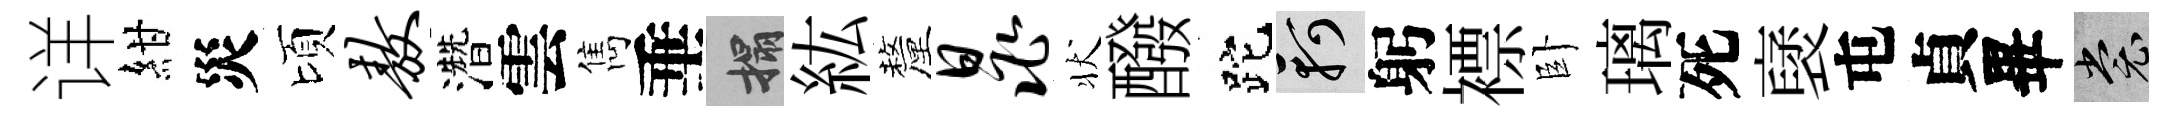
详紺災頃敖濳雲雋垂搨紘釐晁状醱跎軻躬褾卧璃死裦屯貞畢裳